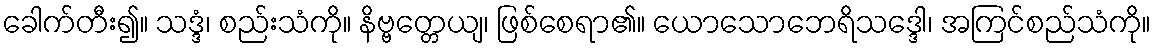
ခေါက်တီး၍။ သဒ္ဒံ၊ စည်းသံကို။ နိဗ္ဗတ္တေယျ၊ ဖြစ်စေရာ၏။ ယောသောဘေရိသဒ္ဒေါ၊ အကြင်စည်သံကို။